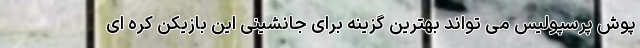
پوش پرسپولیس می تواند بهترین گزینه برای جانشینی این بازیکن کره ای